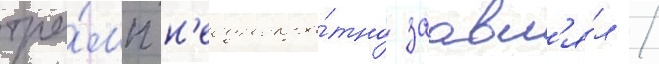
тра́мп н'еоднокра́тно заавл'я́л /